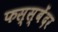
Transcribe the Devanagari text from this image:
फस्स्बेंदर